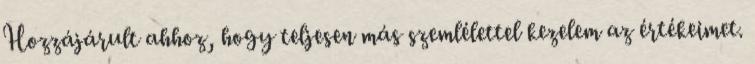
Hozzájárult ahhoz, hogy teljesen más szemlélettel kezelem az értékeimet.